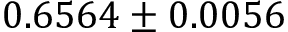
0 . 6 5 6 4 \pm 0 . 0 0 5 6